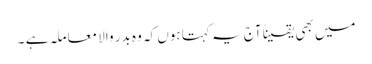
میں بھی یقیناً آج یہ کہتا ہوں کہ وہ بدر والا معاملہ ہے ۔